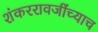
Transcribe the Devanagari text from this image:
शंकररावजींच्याच